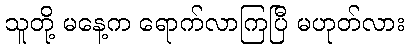
သူတို့ မနေ့က ရောက်လာကြပြီ မဟုတ်လား